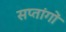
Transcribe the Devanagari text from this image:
सप्तांगों